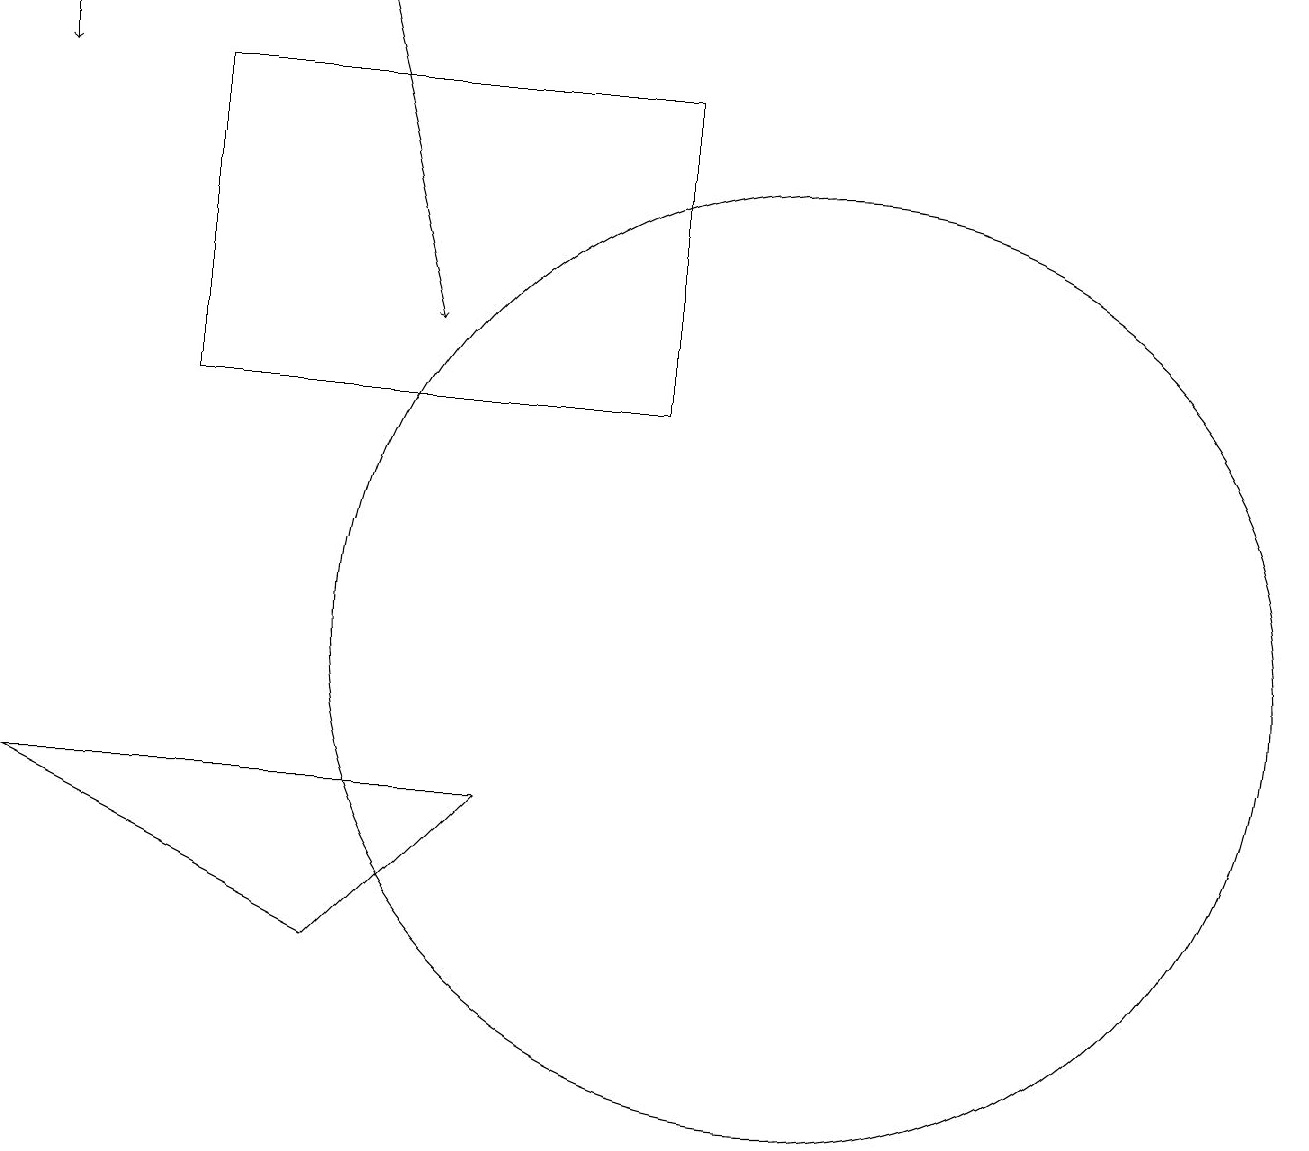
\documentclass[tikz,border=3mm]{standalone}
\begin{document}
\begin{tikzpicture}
\draw (0,8) -- (4,6) -- (6,8) -- cycle;
\draw[->] (4,18) -- (5,14);
\draw (2,13) rectangle (8,17);
\draw (10,10) circle (6);
\draw[->] (0,18) -- (0,17);
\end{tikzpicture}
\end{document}